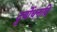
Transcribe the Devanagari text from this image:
दुर्योधनादि